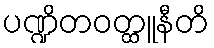
ပဏ္ဍိတဝတ္ထူနီတိ